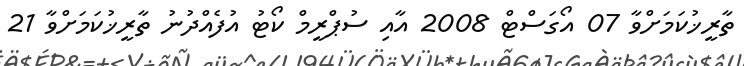
ތާރީޚުކަމަށްވާ 07 އޯގަސްޓް 2008 އާއި ސުޕްރީމް ކޯޓު އުފެއްދުނު ތާރީޚުކަމަށްވާ 21